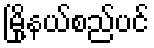
မြို့နယ်စည်ပင်